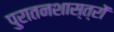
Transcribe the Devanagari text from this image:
पुरातनशास्त्रों